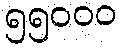
၅၅၀၀၀